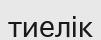
тиелік